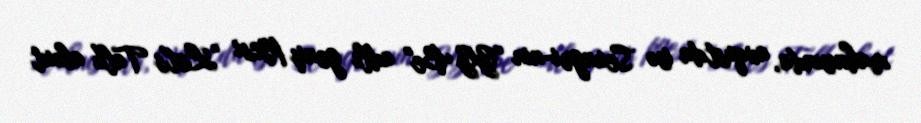
mahnısında, avqustda isə Seungri-nin "GG Be" adlı geniş pyesi "Let's Talk about